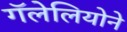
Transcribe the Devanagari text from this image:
गॅलेलियोने